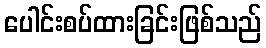
ပေါင်းစပ်ထားခြင်းဖြစ်သည်